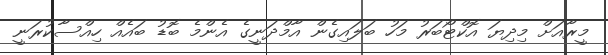
މީރާއަށް މިދިޔަ އޮކްޓޯބަރު މަހު ބަލައިގެން އާމްދަނީގެ އެންމެ ބޮޑު ބައެއް ހިއްސާކުރަނީ